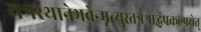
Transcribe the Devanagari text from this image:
यत्रस्थानेभवेन्मृत्युस्तत्रश्राद्धंप्रकल्पयेत्